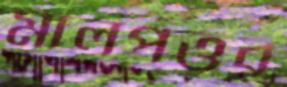
মালপত্তর